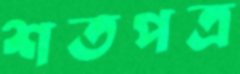
শতপত্র